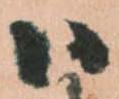
ハ